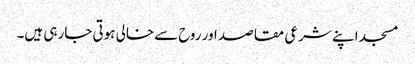
مسجد اپنے شرعی مقاصد اور روح سےخالی ہوتی جارہی ہیں۔